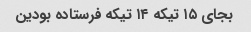
بجای ۱۵ تیکه ۱۴ تیکه فرستاده بودین